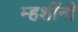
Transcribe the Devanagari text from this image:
म्हशींनी